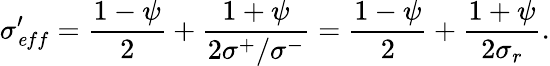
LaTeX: \sigma_{\mathit eff}^{\prime}=\frac{1-\psi}{2}+\frac{1+\psi}{2\sigma^{+}/\sigma^{-}}=\frac{1-\psi}{2}+\frac{1+\psi}{2\sigma_{r}}.